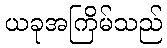
ယခုအကြိမ်သည်